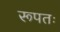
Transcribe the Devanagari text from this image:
रूपतः